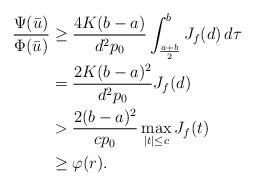
LaTeX: \begin{align*}\frac{\Psi(\bar u)}{\Phi(\bar u)} &\ge \frac{4K(b-a)}{d^2p_0}\int_{\frac{a+b}{2}}^b J_f(d)\,d\tau \\&= \frac{2K(b-a)^2}{d^2p_0}J_f(d) \\&> \frac{2(b-a)^2}{cp_0}\max_{|t|\le c}J_f(t) \\&\ge \varphi(r). \end{align*}